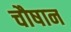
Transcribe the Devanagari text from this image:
चौषान